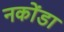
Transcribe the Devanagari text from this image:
नकोंडा